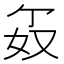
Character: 𪥯